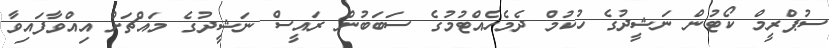
ސުޕްރީމް ކޯޓުން ނަޝީދުގެ ހުކުމް ދެމެހެއްޓުމުގެ ސަބަބުން ރައީސް ނަޝީދުގެ މައްޗަށް އިއްވާފައިވާ